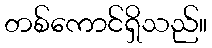
တစ်ကောင်ရှိသည်။